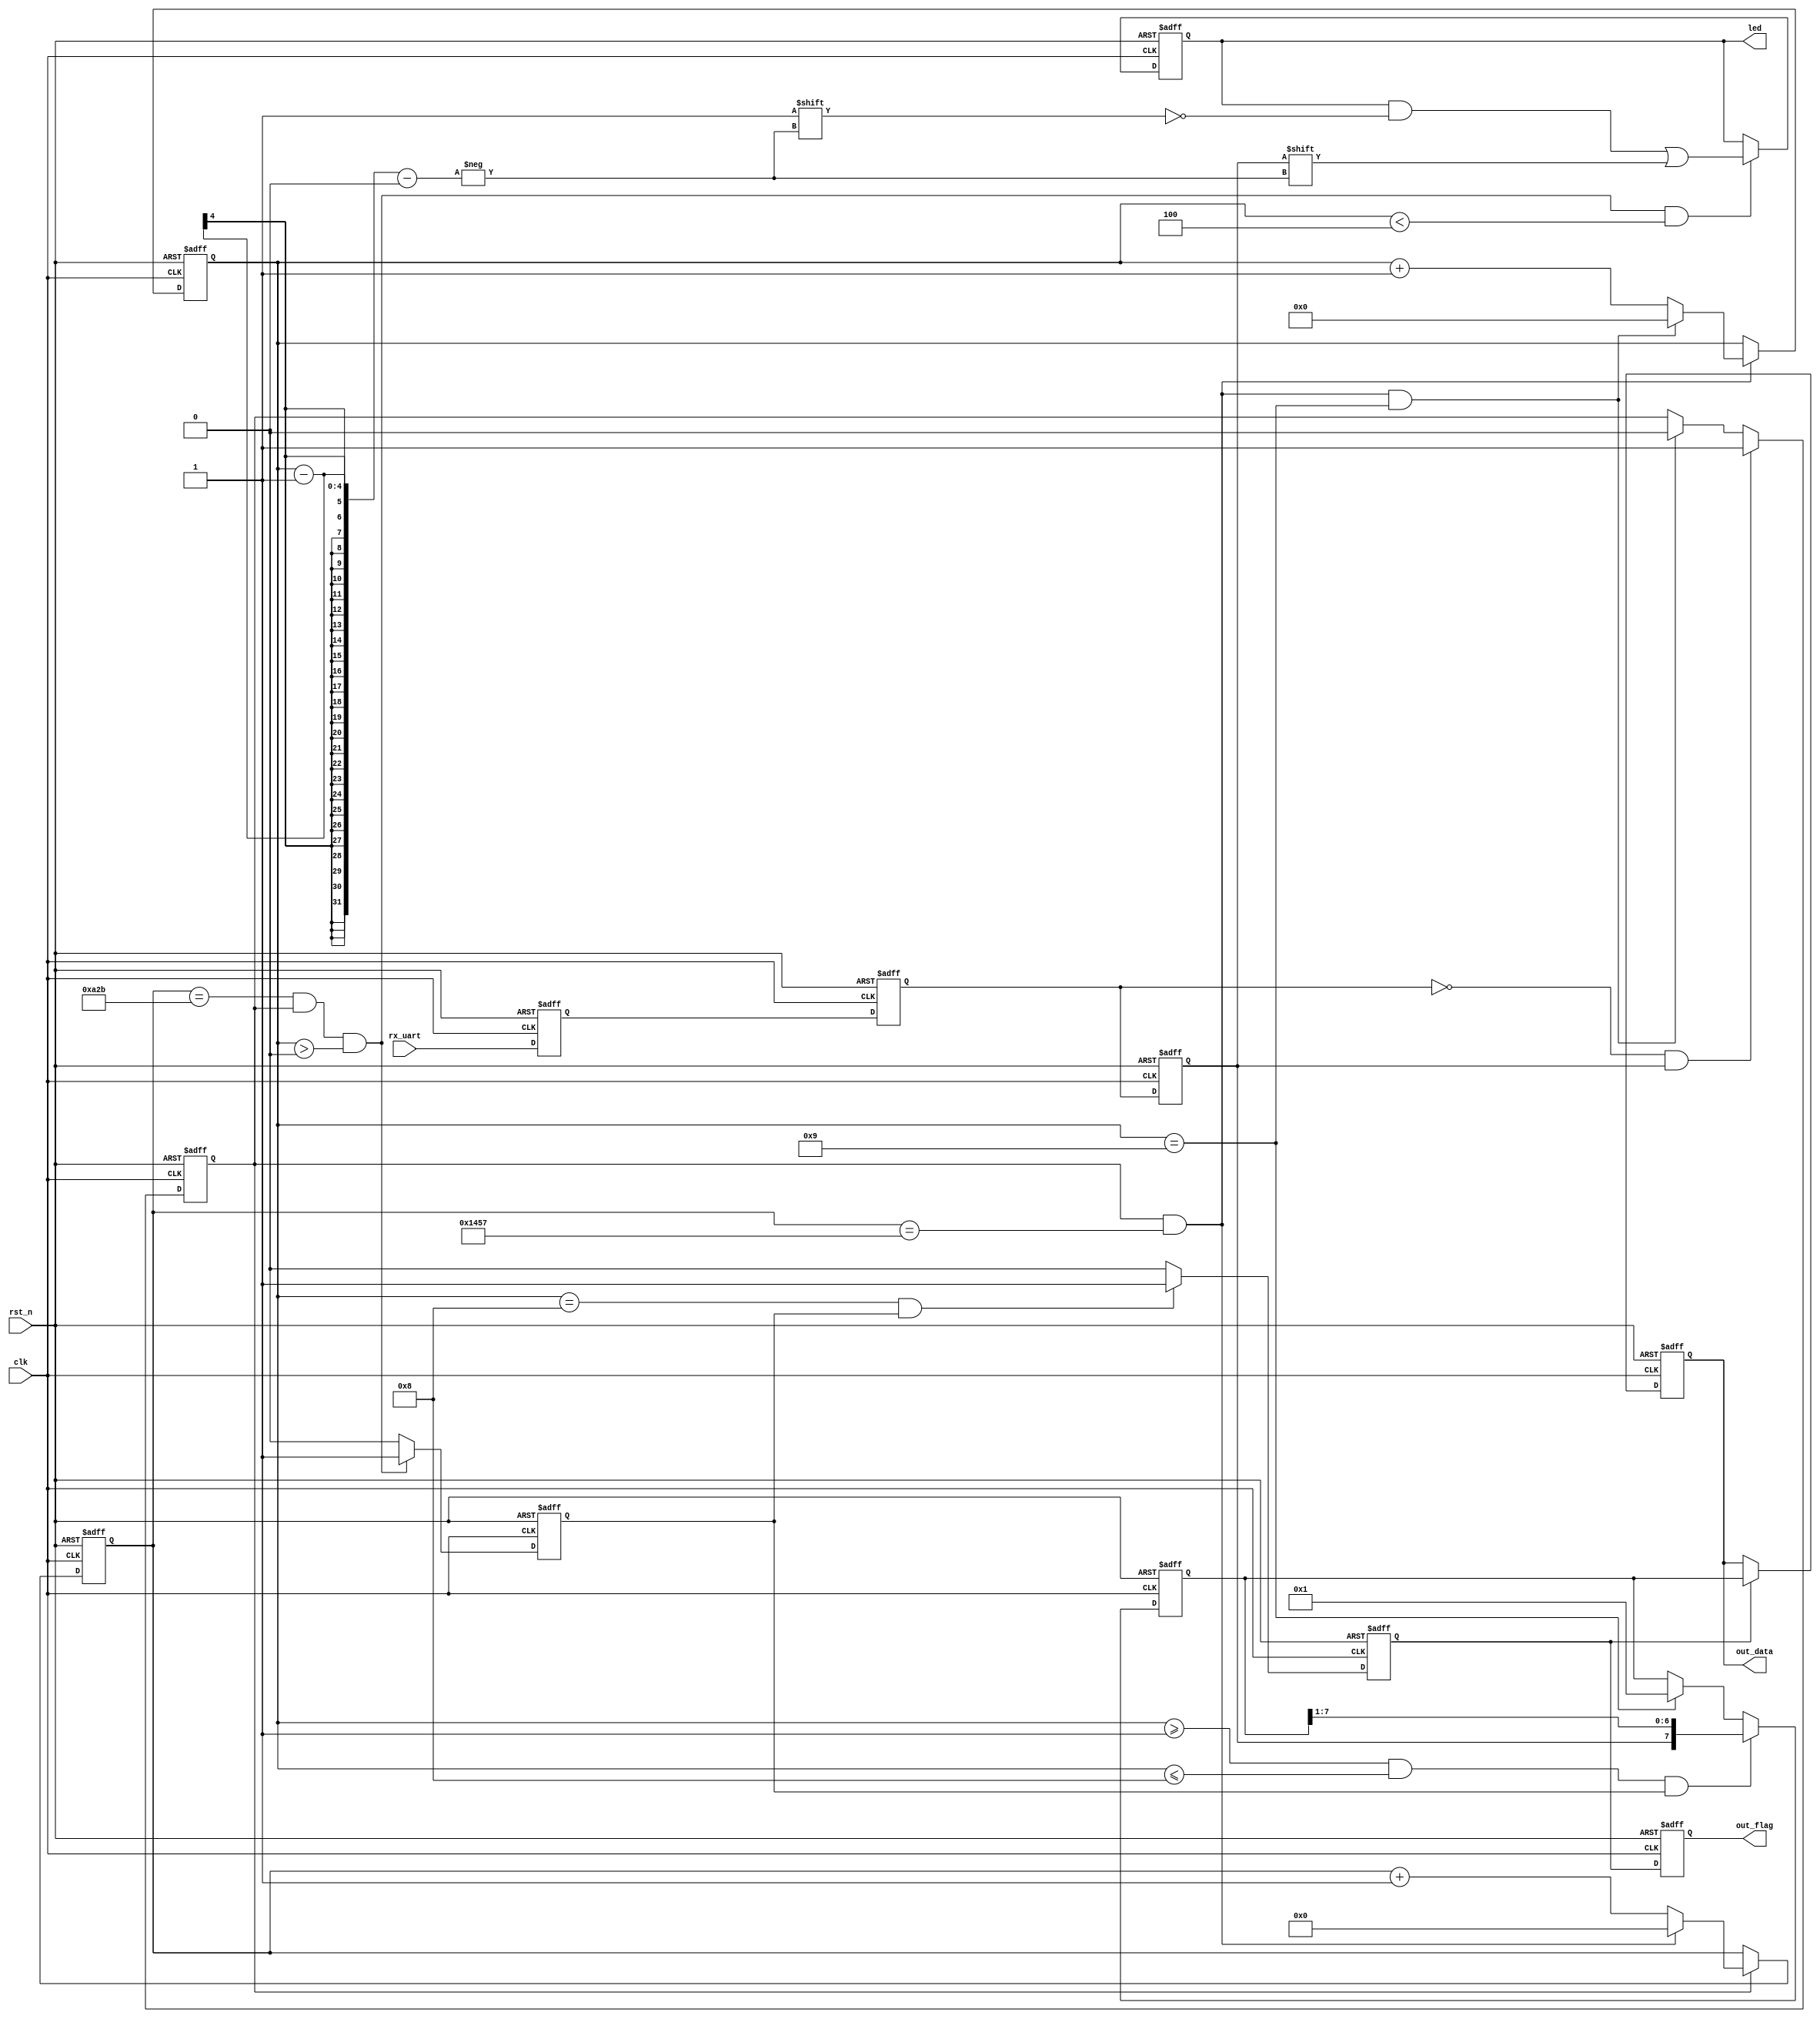
//led0      H18
//led1      K17
//led2      E19 0-7
//clk       N18
//rst_n     T19
//rx_uart   H16   
module uart_rx (
    clk     ,
    rst_n   ,
    led     ,
    rx_uart ,
    out_data ,
    out_flag
);

input       clk     ;
input       rst_n   ;
input       rx_uart ;
output[2:0] led     ;
output[7:0] out_data ;
output      out_flag ;

//reg [7:0]   out_data    ;//only for part 1 test only rx test !
//reg         out_flag    ;

parameter TIMES     = 5208  ;
parameter TIMES2    = 10     ;

reg [12:0]  cnt0        ;
wire        add_cnt0    ;
wire        end_cnt0    ;
reg [3:0]   cnt1        ;
wire        add_cnt1    ;
wire        end_cnt1    ;
reg         rx_uart_ff0 ;
reg         rx_uart_ff1 ;
reg         rx_uart_ff2 ;
reg         flag_add    ;
reg [2:0]   led         ;
reg         rx_flag     ;
reg [7:0]   rx_data     ;
reg         bit_flag    ;
reg         out_flag    ;
reg [7:0]   out_data    ;

//15208
always @( posedge clk or negedge rst_n ) begin
    if(!rst_n)begin
        cnt0 <= 0;
    end
    else if(add_cnt0)begin
        if(end_cnt0)begin
            cnt0 <= 0;
        end
        else begin
            cnt0 <= cnt0 + 1;
        end
    end    
end
assign add_cnt0 = flag_add;
assign end_cnt0 = add_cnt0 && cnt0== TIMES - 1;

//214
always @( posedge clk or negedge rst_n ) begin
    if(!rst_n)begin
        cnt1 <= 0;
    end
    else if(add_cnt1)begin
        if(end_cnt1)begin
            cnt1 <= 0;
        end
        else begin
            cnt1 <= cnt1 + 1;
        end
    end    
end
assign add_cnt1 = end_cnt0;
assign end_cnt1 = add_cnt1 && cnt1== TIMES2 - 1;

//--ff1ff2
always @( posedge clk or negedge rst_n ) begin
    if(!rst_n)begin
        rx_uart_ff0 <= 1;
        rx_uart_ff1 <= 1;
        rx_uart_ff2 <= 1;
    end
    else begin
        rx_uart_ff0 <= rx_uart;
        rx_uart_ff1 <= rx_uart_ff0;
        rx_uart_ff2 <= rx_uart_ff1;
    end    
end
assign add_cnt1 = end_cnt0;
assign end_cnt1 = add_cnt1 && cnt1== TIMES2 - 1;

//
always @( posedge clk or negedge rst_n ) begin
    if(!rst_n)begin
        flag_add <= 0;
    end
    //10rx_uart_ff2
    else if(rx_uart_ff1==0 && rx_uart_ff2==1)begin
        flag_add <= 1;
    end
    else if(end_cnt1)begin
        flag_add <= 0;
    end    
end

//
always @( posedge clk or negedge rst_n ) begin
    if(!rst_n)begin
        led <= 0;
    end
    else if(cnt0==TIMES/2 - 1 && flag_add && cnt1 > 0 && cnt1 < 4)begin
        led[cnt1 -1] <= rx_uart_ff2;
    end    
end
//cnt0==TIMES/2 - 1bit_flag
always @( posedge clk or negedge rst_n ) begin
    if(!rst_n)begin
        bit_flag <= 0;
    end
    else if(cnt0==TIMES/2 - 1 && flag_add && cnt1 > 0)begin
        bit_flag <= 1;
    end   
    else 
        bit_flag <= 0; 
end
//
always @( posedge clk or negedge rst_n ) begin
    if(!rst_n) begin
        rx_data <= 0;
    end
    else    if(cnt1 >= 1 && cnt1 <= 8 && bit_flag == 1) begin
        rx_data <=  {rx_uart_ff2,rx_data[7:1]};
    end
    else    if(cnt1 == 9)
        rx_data <= 1;
end
//
always @( posedge clk or negedge rst_n ) begin
    if(!rst_n) begin
        rx_flag <= 0;
    end
    else    if(cnt1 == 8 && bit_flag == 1)
        rx_flag <= 1;
    else
        rx_flag <= 0;     
    end
//
always @( posedge clk or negedge rst_n ) begin
    if(!rst_n) begin
        out_data <= 0;
    end
    else    if(rx_flag == 1)
        out_data <= rx_data;
end
//
always @( posedge clk or negedge rst_n ) begin
    if(!rst_n) begin
        out_flag <= 0;
    end
    else
        out_flag <= rx_flag;
end
//led0 H18
//led1 K17
//led2 E19 0-7


    
endmodule